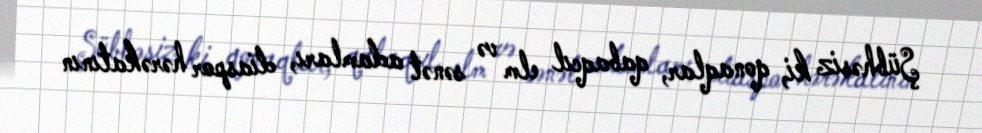
Şübhəsiz ki, qonaqlar, qabaqcıl elm və sənət adamları, diaspor hərəkatının